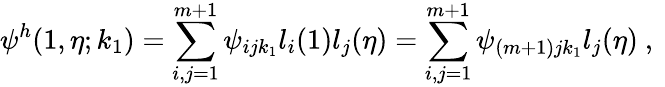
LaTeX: \psi^{h}(1,\eta;k_{1})=\sum_{i,j=1}^{m+1}{\psi_{ijk_{1}}l_{i}(1)l_{j}(\eta)}=\sum_{i,j=1}^{m+1}{\psi_{(m+1)jk_{1}}l_{j}(\eta)}\mathrm{~,~}